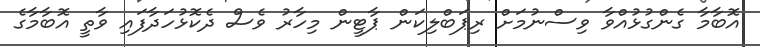
އޮބާމާ ގެންގުޅުއްވާ ވިސްނުމަށް ރިޕަބްލިކަން ޕާޓީން މިހާރު ވެސް ދެކޮޅުހަދާފައި ވާތީ އޮބާމާގެ